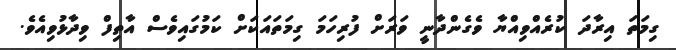
ގިމަތަ އިރާދަ ކުރެއްވިއްޔާ ވެގެންދާނީ ވަރަށް ފުރިހަމަ ގިމަތައަކަށް ކަމުގައިވެސް އާތިފް ވިދާޅުވިއެވެ.